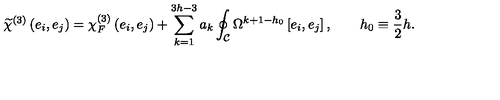
\widetilde \chi ^ { ( 3 ) } \left( e _ { i } , e _ { j } \right) = \chi _ { F } ^ { ( 3 ) } \left( e _ { i } , e _ { j } \right) + \sum _ { k = 1 } ^ { 3 h - 3 } a _ { k } \oint _ { \cal C } \Omega ^ { k + 1 - h _ { 0 } } \left[ e _ { i } , e _ { j } \right] , \qquad h _ { 0 } \equiv { \frac { 3 } { 2 } } h .